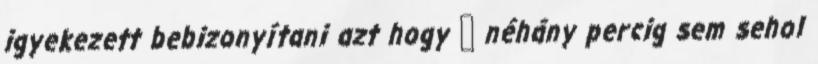
igyekezett bebizonyítani azt hogy � néhány percig sem sehol